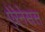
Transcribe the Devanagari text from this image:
ऐरेनेसस